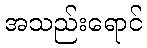
အသည်းရောင်